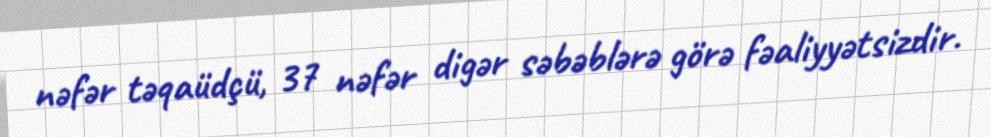
nəfər təqaüdçü, 37 nəfər digər səbəblərə görə fəaliyyətsizdir.